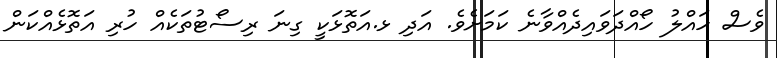
ވެސް ހައްލު ހޯއްދަވައިދެއްވާނެ ކަމަށެވެ. އަދި ޅ.އަތޮޅަކީ ގިނަ ރިސޯޓުތަކެއް ހުރި އަތޮޅެއްކަން